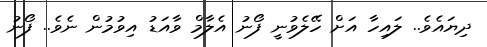
ދިޔައެވެ.. ލައިހާ އަށް ހޭލެވުނީ ފޯނު އެލާމް ވާއަޑު އިވުމުން ނެވެ.. ފޯނު